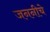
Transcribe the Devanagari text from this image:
जननीचे